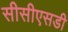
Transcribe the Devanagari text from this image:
सीसीएसडी